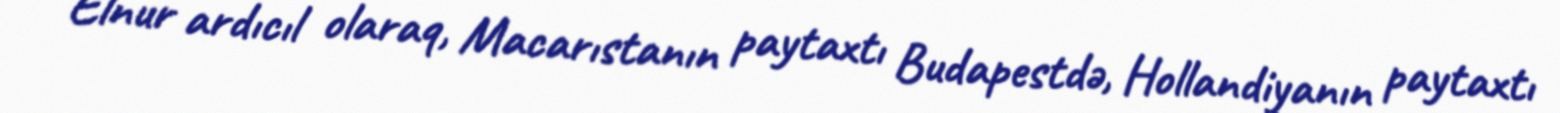
Elnur ardıcıl olaraq, Macarıstanın paytaxtı Budapestdə, Hollandiyanın paytaxtı